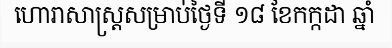
ហោរាសាស្ត្រសម្រាប់ថ្ងៃទី ១៨ ខែកក្កដា ឆ្នាំ